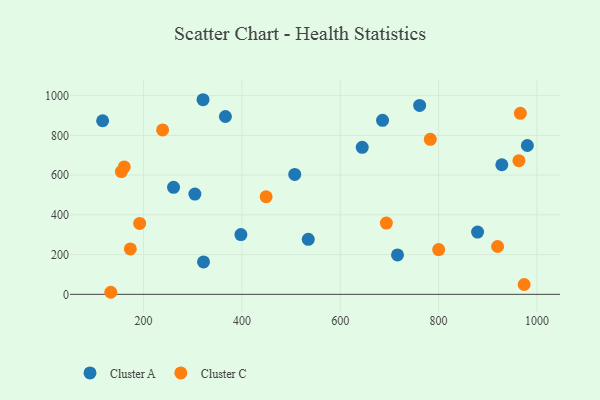
{"axis": {"x": "Price", "y": "Sales"}, "legend": ["Cluster A", "Cluster C"], "data": [{"x": "716.4", "y": 198.6, "type": "Cluster A"}, {"x": "116.7", "y": 873.8, "type": "Cluster A"}, {"x": "304.3", "y": 504.9, "type": "Cluster A"}, {"x": "320.9", "y": 979.6, "type": "Cluster A"}, {"x": "397.9", "y": 300.6, "type": "Cluster A"}, {"x": "686.0", "y": 876.1, "type": "Cluster A"}, {"x": "928.5", "y": 652.4, "type": "Cluster A"}, {"x": "879.2", "y": 313.2, "type": "Cluster A"}, {"x": "534.9", "y": 277.0, "type": "Cluster A"}, {"x": "321.9", "y": 163.4, "type": "Cluster A"}, {"x": "507.4", "y": 603.8, "type": "Cluster A"}, {"x": "260.9", "y": 538.6, "type": "Cluster A"}, {"x": "980.5", "y": 749.1, "type": "Cluster A"}, {"x": "366.4", "y": 895.1, "type": "Cluster A"}, {"x": "761.4", "y": 950.7, "type": "Cluster A"}, {"x": "644.6", "y": 739.9, "type": "Cluster A"}, {"x": "783.1", "y": 780.2, "type": "Cluster C"}, {"x": "973.9", "y": 49.5, "type": "Cluster C"}, {"x": "800.1", "y": 225.5, "type": "Cluster C"}, {"x": "133.3", "y": 10.4, "type": "Cluster C"}, {"x": "919.9", "y": 240.8, "type": "Cluster C"}, {"x": "173.0", "y": 228.7, "type": "Cluster C"}, {"x": "238.7", "y": 827.5, "type": "Cluster C"}, {"x": "160.7", "y": 641.5, "type": "Cluster C"}, {"x": "693.7", "y": 358.7, "type": "Cluster C"}, {"x": "192.0", "y": 356.8, "type": "Cluster C"}, {"x": "154.8", "y": 618.1, "type": "Cluster C"}, {"x": "963.3", "y": 672.7, "type": "Cluster C"}, {"x": "449.2", "y": 491.2, "type": "Cluster C"}, {"x": "966.2", "y": 911.1, "type": "Cluster C"}]}